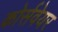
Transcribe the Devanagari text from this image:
कोर्सवेयर